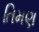
તિમણ